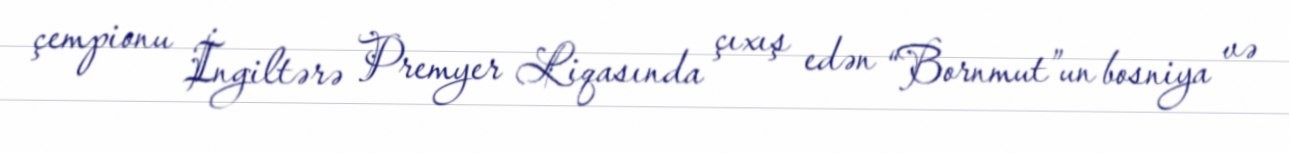
çempionu İngiltərə Premyer Liqasında çıxış edən “Bornmut”un bosniya və